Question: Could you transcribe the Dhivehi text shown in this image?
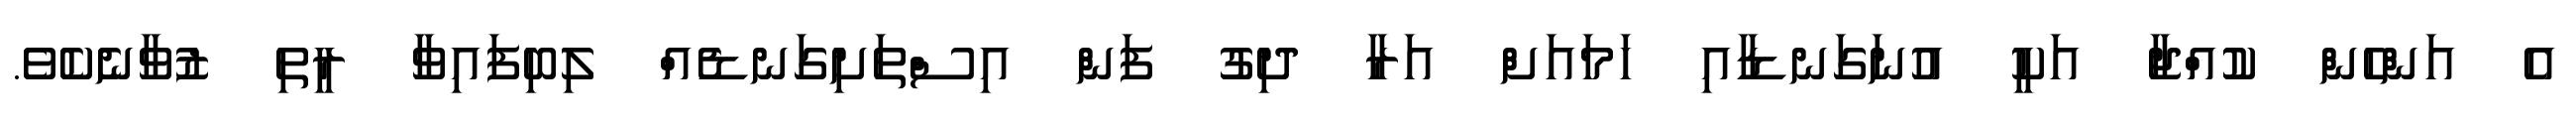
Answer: އެ އަންހެން ކުއްޖާ އަކީ އުނަގަނޑާއި ހަމައަށް އަރާ ދިގު ފަން އިސްތަށިގަނޑެއް ލިބިފައިވާ ރީތި ޒުވާނެކެވެ.